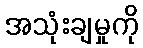
အသုံးချမှုကို